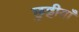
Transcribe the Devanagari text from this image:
छुट्टीयाँ